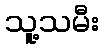
သူ့သမီး